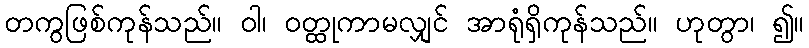
တကွဖြစ်ကုန်သည်။ ဝါ၊ ဝတ္ထုကာမလျှင် အာရုံရှိကုန်သည်။ ဟုတွာ၊ ၍။